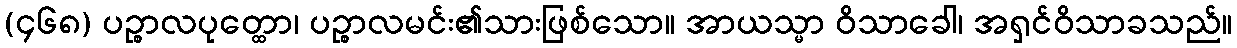
(၄၆၈) ပဉ္စာလပုတ္ထော၊ ပဉ္စာလမင်း၏သားဖြစ်သော။ အာယသ္မာ ဝိသာခေါ၊ အရှင်ဝိသာခသည်။